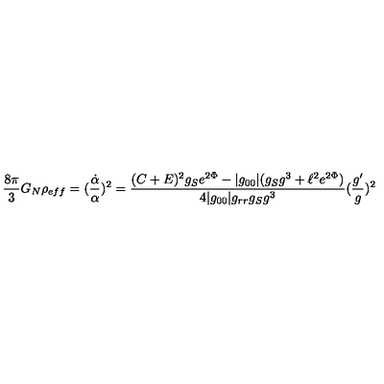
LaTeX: \frac { 8 \pi } { 3 } G _ { N } \rho _ { e f f } = ( \frac { \dot { \alpha } } { \alpha } ) ^ { 2 } = \frac { ( C + E ) ^ { 2 } g _ { S } e ^ { 2 \Phi } - | g _ { 0 0 } | ( g _ { S } g ^ { 3 } + \ell ^ { 2 } e ^ { 2 \Phi } ) } { 4 | g _ { 0 0 } | g _ { r r } g _ { S } g ^ { 3 } } ( \frac { g ^ { \prime } } { g } ) ^ { 2 }